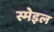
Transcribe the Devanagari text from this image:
स्मेइल